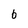
Character: b